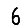
Digit: 6